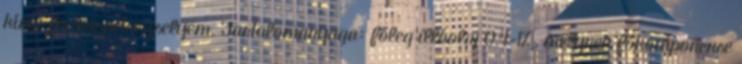
kínai fodrospetrezselyem. Tartalomanyaga: főleg illóolaj 0,4-1% , melynek főkomponense